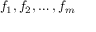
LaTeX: f _ { 1 } , f _ { 2 } , \dots , f _ { m }